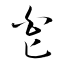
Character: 皂